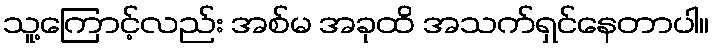
သူ့ကြောင့်လည်း အစ်မ အခုထိ အသက်ရှင်နေတာပါ။